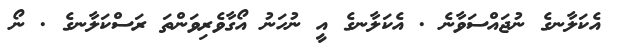
އެކަލާނގެ ނުޖައްސަވާނެ . އެކަލާނގެ އީ ނުހަނު އޯގާވެރިވަންތަ ރަސްކަލާނގެ . ނޯ